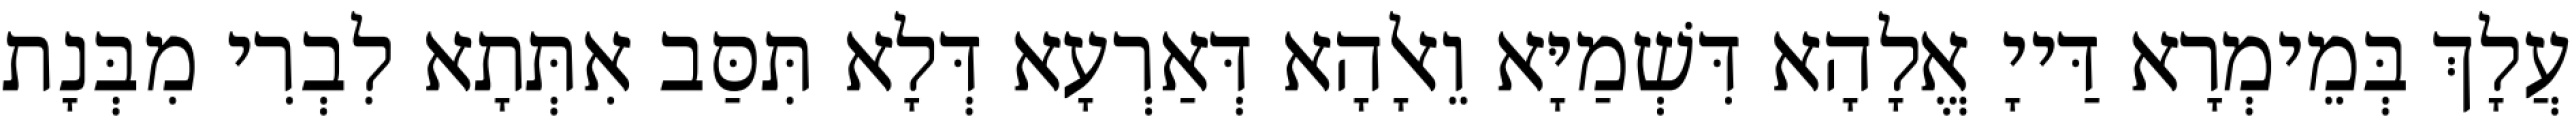
עֲלָךְ בְּמֵימְרָא דַּייָ אֱלָהָא דִּשְׁמַיָּא וֵאלָהָא דְּאַרְעָא דְּלָא תִּסַּב אִתְּתָא לִבְרִי מִבְּנָת